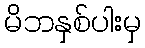
မိဘနှစ်ပါးမှ